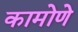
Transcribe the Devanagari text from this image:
कामोणे